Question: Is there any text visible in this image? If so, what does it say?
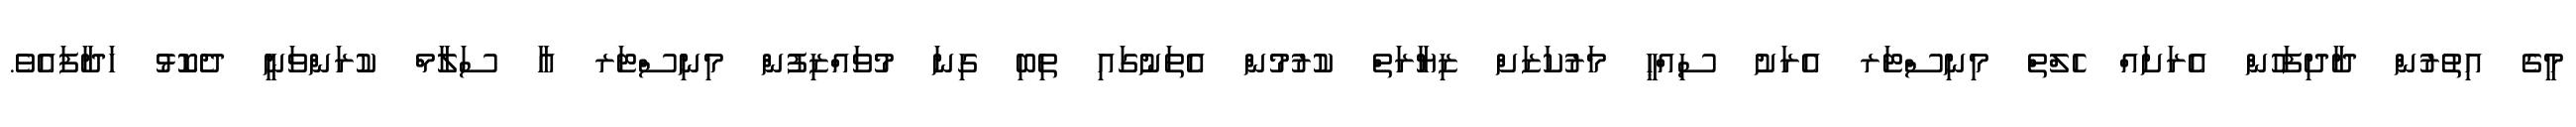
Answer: މީގެ އިތުރުން ދާދިފަހުން އެރަށައް ހެލްތް މިނިސްޓަރ އެރަށު ސިއްޙީ މަރުކަޒަށް ޒިޔާރަތް ކުރުމުން އެތަނުގައި ތިބި ގިނަ މުވައްޒިފުން މިނިސްޓަރ އާ ސަލާމް ކުރަންވަނީ ދެކޮޅު ހަދާފައެވެ.